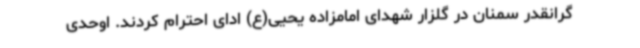
گرانقدر سمنان در گلزار شهدای امامزاده یحیی(ع) ادای احترام کردند. اوحدی